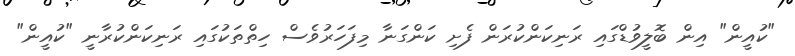
"ކުއީން" އިން ބޮލީވުޑްގައި ރަނިކަންކުރަން ފެށި ކަންގަނާ މިފަހަރުވެސް ހިތްތަކުގައި ރަނިކަންކުރާނީ "ކުއީން"